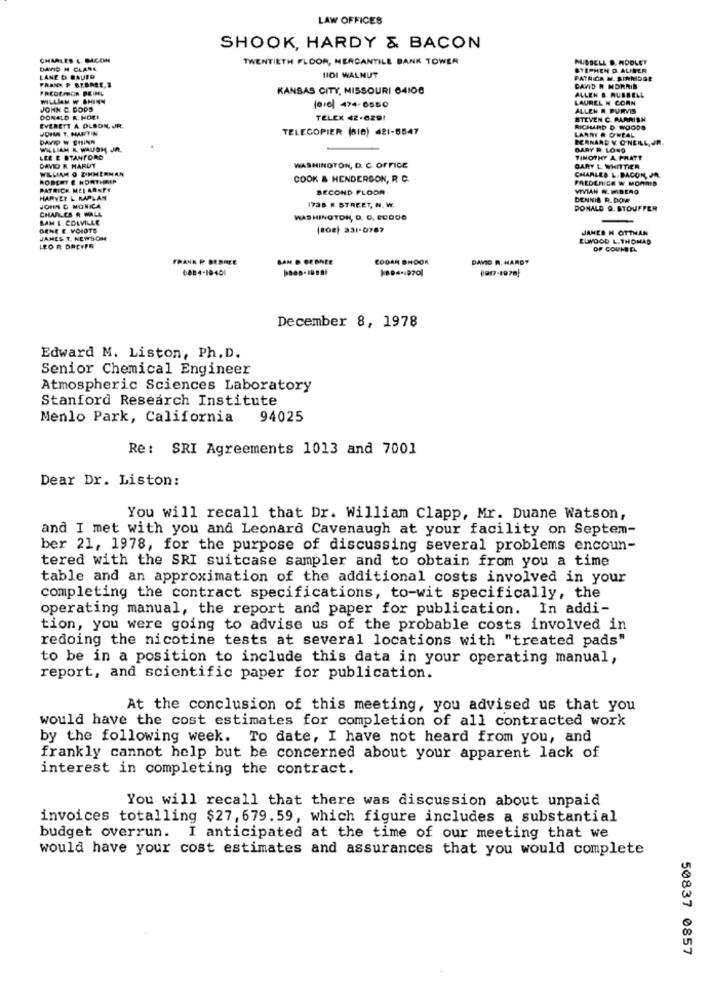
LAW OFFICES
SHOOK, HARDY & BACON
CHARLES L. BACON
TWENTIETH FLOOR, MERCANTILE BANK TOWER
HUBBELL B. MODLET
DAVID H CLARE
STEPHEN D. AUBER
LANE D. BAUER
FRAN P BLBNEE,1
HI01 WALNUT
PATRICE M. SIRMIDOR
FREDEAMOR PEINE
KANSAS CITY, MISSOURI 64106
ALLEN & RUBBELL
CAVID W MORRIS
MILLIAN W SHINN
LAUREL N CORN
JOHN C. DODS
(010 474-6550
ALLEN R. PURVIS
DONALD R. HOU!
TELEX 42-6291
STEVEN C. PARRISH
EVERETT A DLSON, JR.
JOHN T. MARTIN
TELECOPIER (010) 421-5547
LANNY . OWPAL
RICHARD D. WOODS
DAVID W CHINN
FERNAND Y O'NEAL JR.
WILLIAM K. WAUGH JA.
DARY R. LONO
LEE E STANFORD
TIMOTHY A PRATT
WILLIAM O DIHHERNAN
DAVID R HARDT
WASHINGTON, D. C. OFFICE
GARY L. WHITTIER
ROBERT E NORTHRIP
COOK & HENDERSON, R C.
PARDERICE W. MORRIS
CHARLES L.BACON, JR.
PATRICK MCLARNET
SECOND FLOOR
VIVIAN NIMIBERG
HARVET L. KAPLAN
1738 R STREET, N. W.
DENNIS R. DOW
JOHN G MONICA
CHARLES A WALL
DONALD Q. BTOUFPER
BAM L. COLVILLE
WASHINGTON, D. C. BODDO
GENE E. VOIOTE
(208) 231-0787
JAMES H OTTHAN
JAMES T. NEWSOM
ELWOOD L. THOMAS
LEO R DREYER
DP COUKDEL
FRANK P BEDREE
BAM B BEBEE
CODAN BHOOK
DAVID R. HARDY
December 8, 1978
Edward M. Liston, Ph. D.
Senior Chemical Engineer
Atmospheric Sciences Laboratory
Stanford Research Institute
Menlo Park, California 94025
Re: SRI Agreements 1013 and 7001
Dear Dr. Liston:
You will recall that Dr. William Clapp, Mr. Duane Watson,
and I met with you and Leonard Cavenaugh at your facility on Septem-
ber 21, 1978, for the purpose of discussing several problems encoun-
tered with the SRI suitcase sampler and to obtain from you a time
table and an approximation of the additional costs involved in your
completing the contract specifications, to-wit specifically, the
operating manual, the report and paper for publication. In addi-
tion, you were going to advise us of the probable costs involved in
redoing the nicotine tests at several locations with "treated pads"
to be in a position to include this data in your operating manual,
report, and scientific paper for publication.
At the conclusion of this meeting, you advised us that you
would have the cost estimates for completion of all contracted work
by the following week. To date, I have not heard from you, and
frankly cannot help but be concerned about your apparent lack of
interest in completing the contract.
You will recall that there was discussion about unpaid
invoices totalling $27, 679. 59, which figure includes a substantial
budget overrun.
I anticipated at the time of our meeting that we
would have your cost estimates and assurances that you would complete
50837 0857